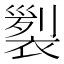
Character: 𧛵